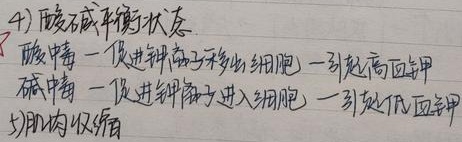
4) 酸碱平衡状态
酸中毒 - 促进钾离子移出细胞 - 引起高血钾
碱中毒 - 促进钾离子进入细胞 - 引起低血钾
5) 肌肉收缩